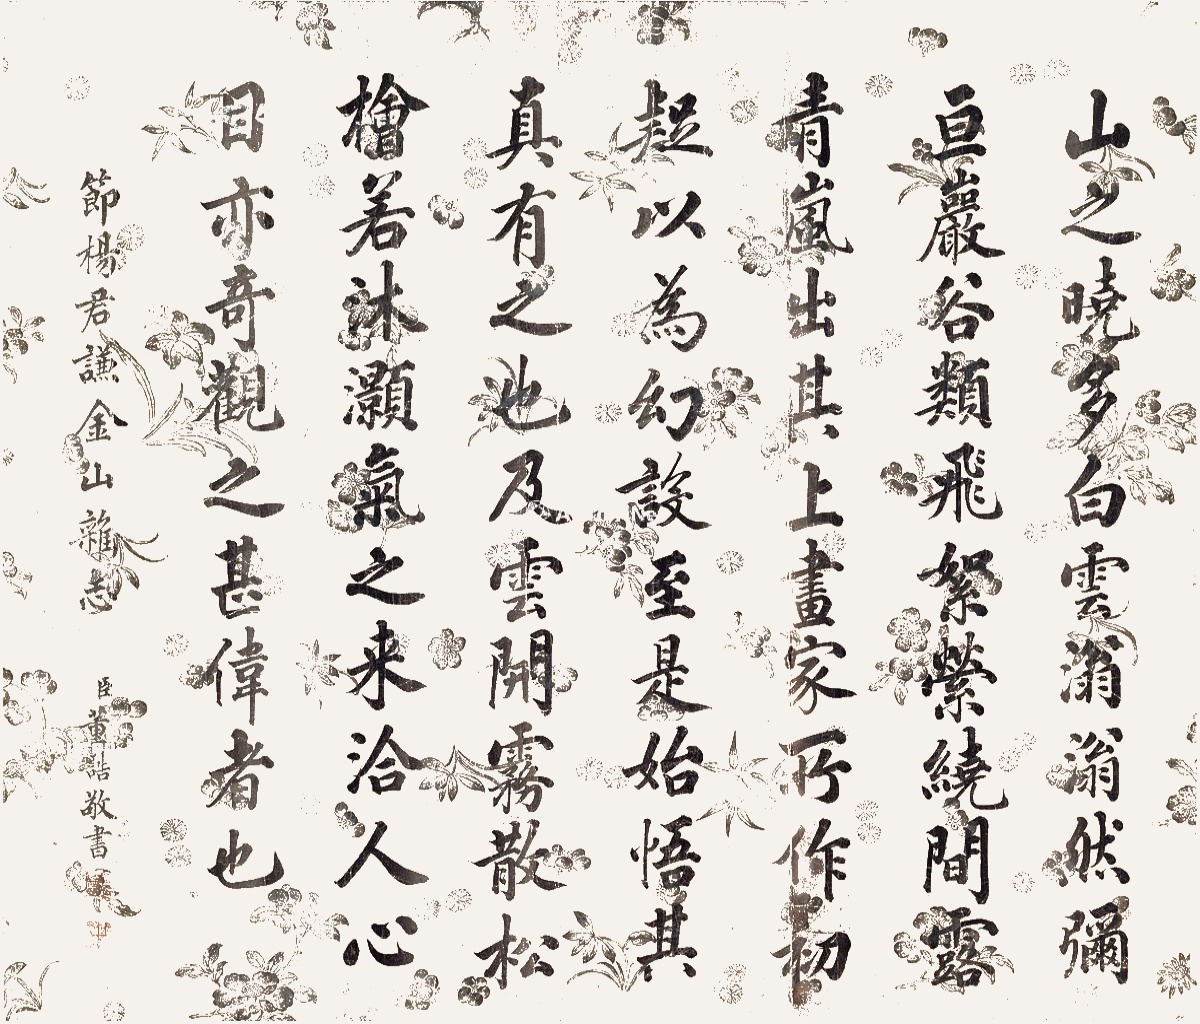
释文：山之晓多白云，滃滃然弥亘岩谷。类飞絮萦绕，间露青岚出其上。画家所作，初以为幻设，至是始悟其真有之也。及云开雾散，松桧若沐，灏气之来，洽人心目，亦奇观之甚伟者也。节杨君谦金山杂志，臣董诰敬书。